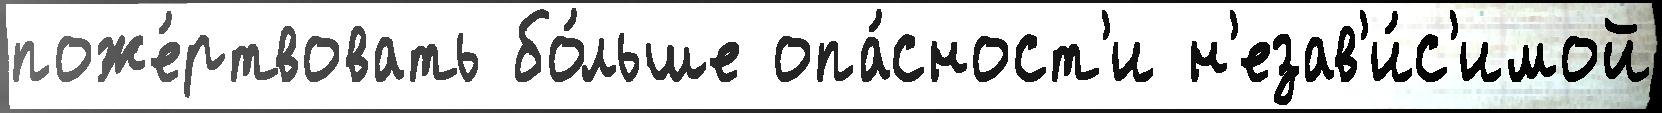
поже́ртвовать бо́льше опа́сност'и н'езав'и́с'имой